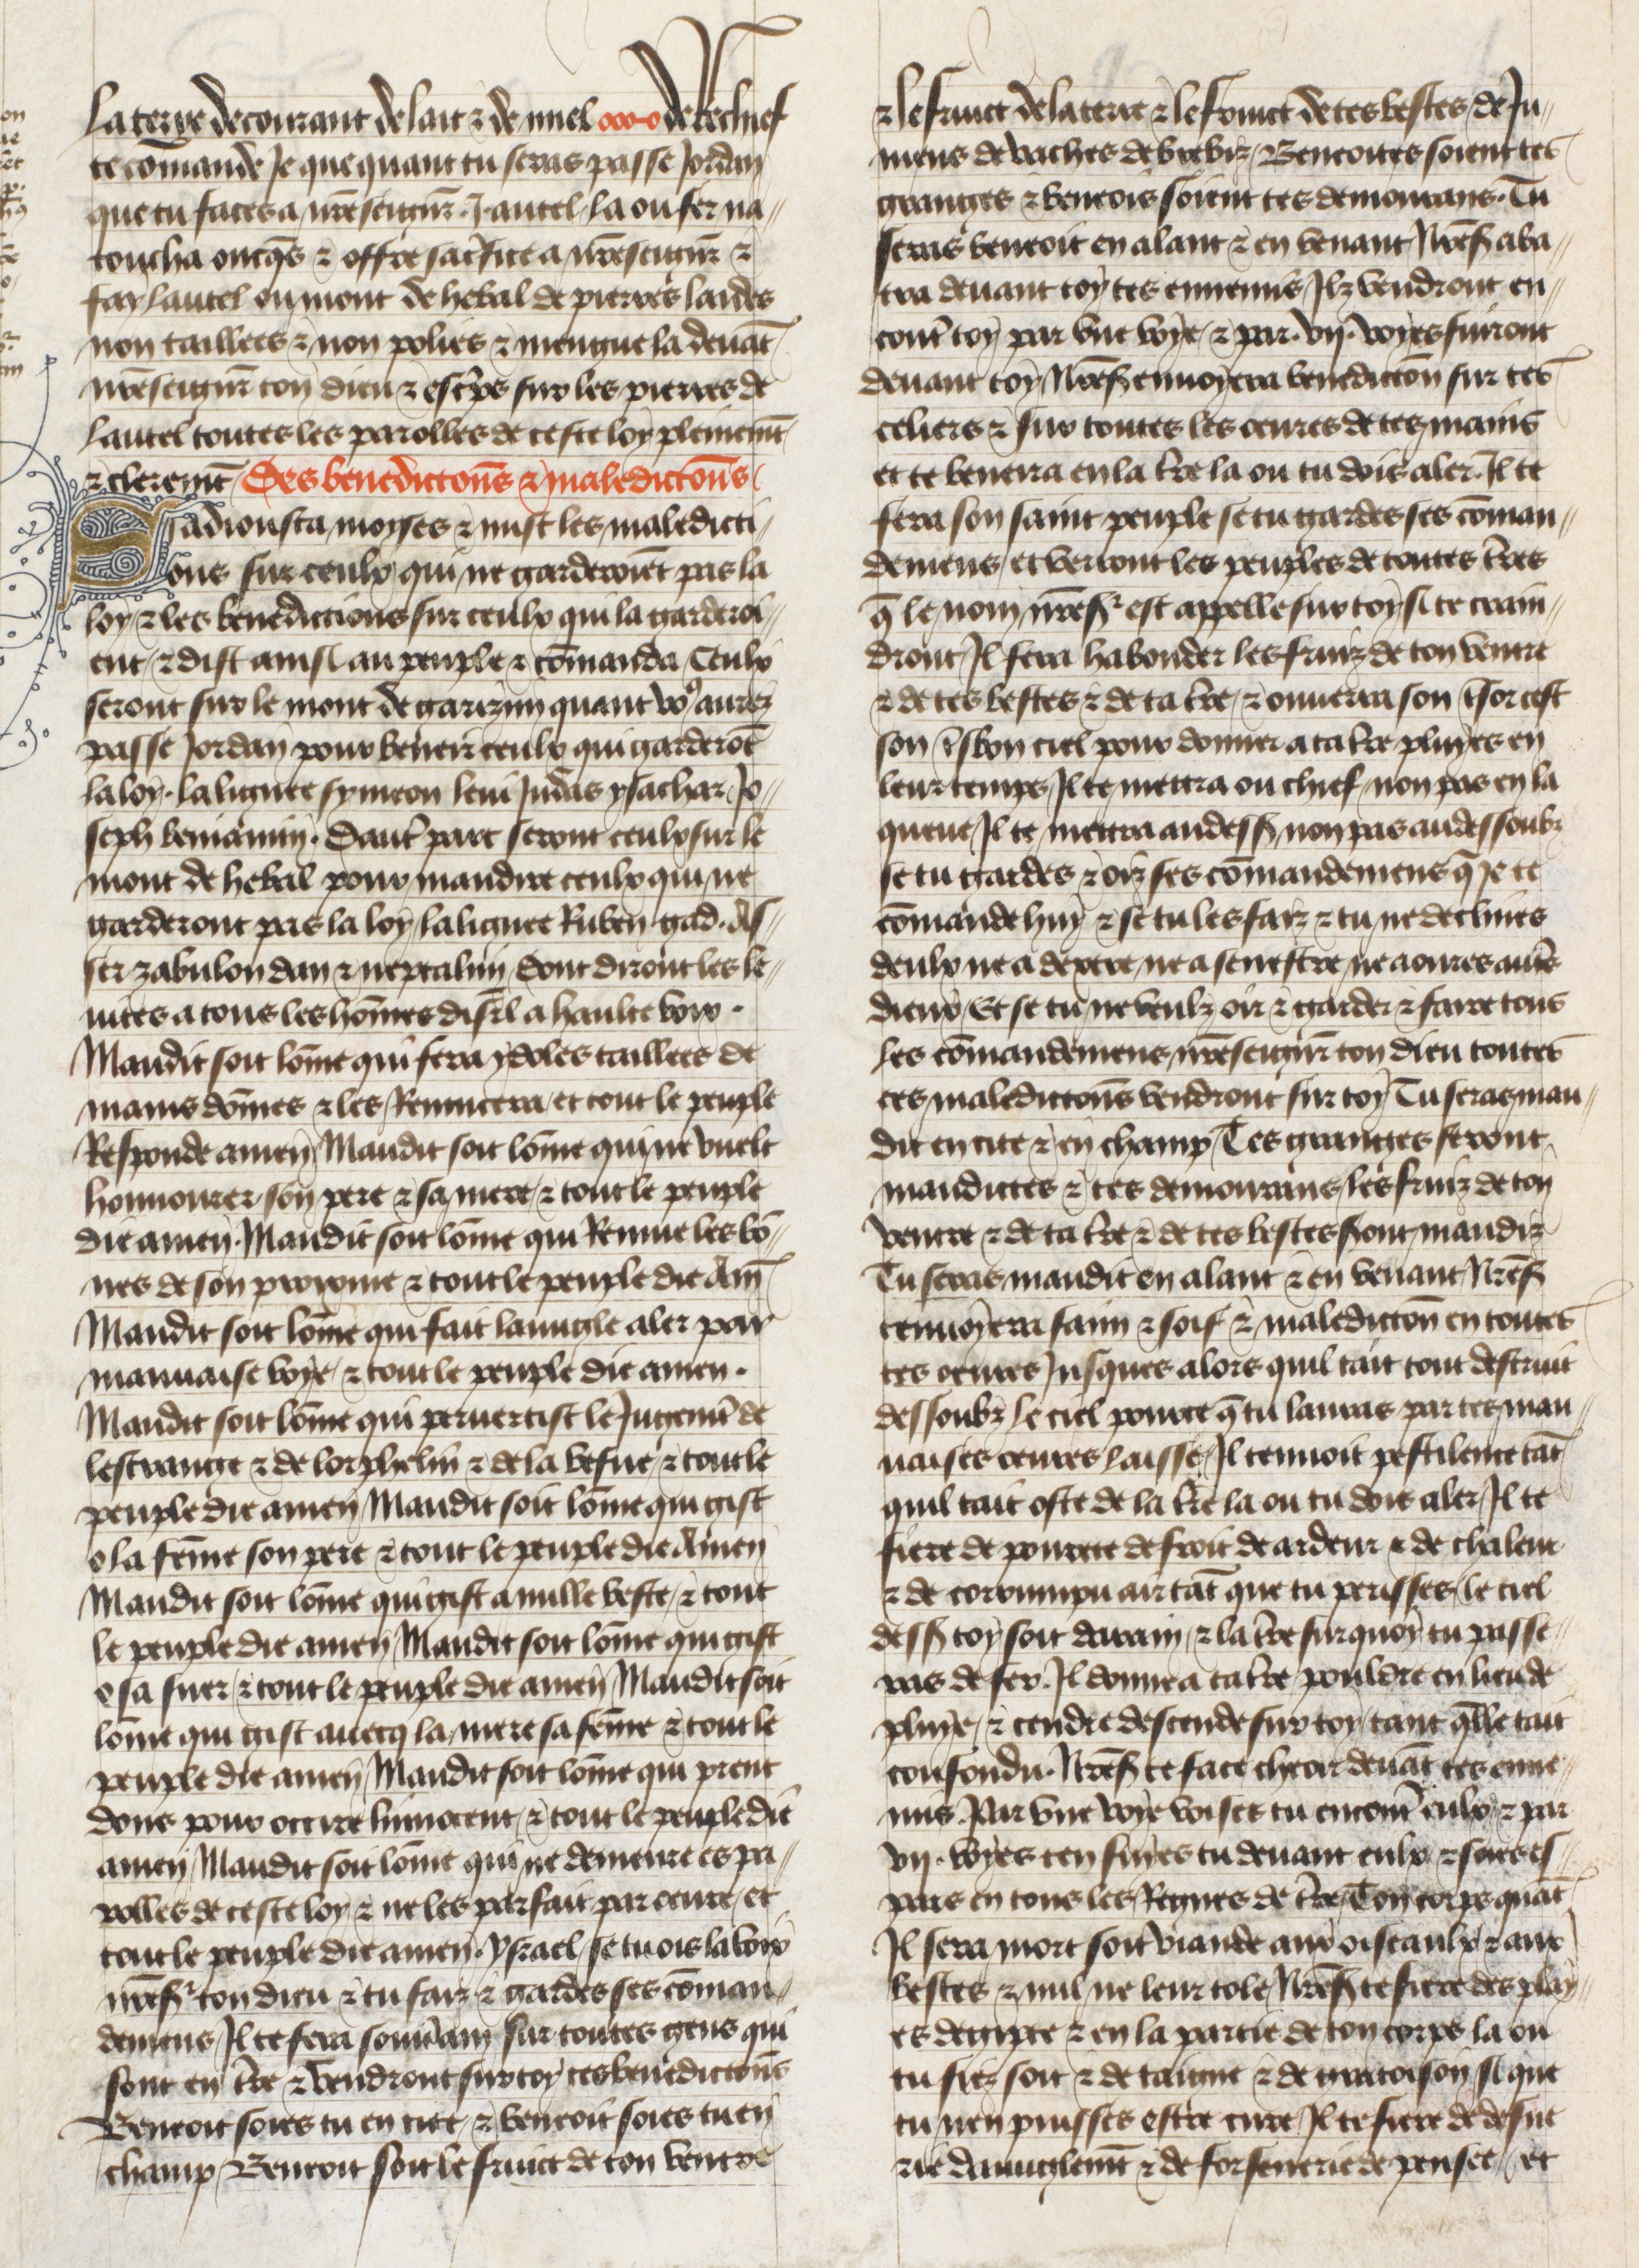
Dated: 1400–1450